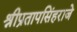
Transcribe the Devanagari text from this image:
श्रीप्रतापसिंहराजे